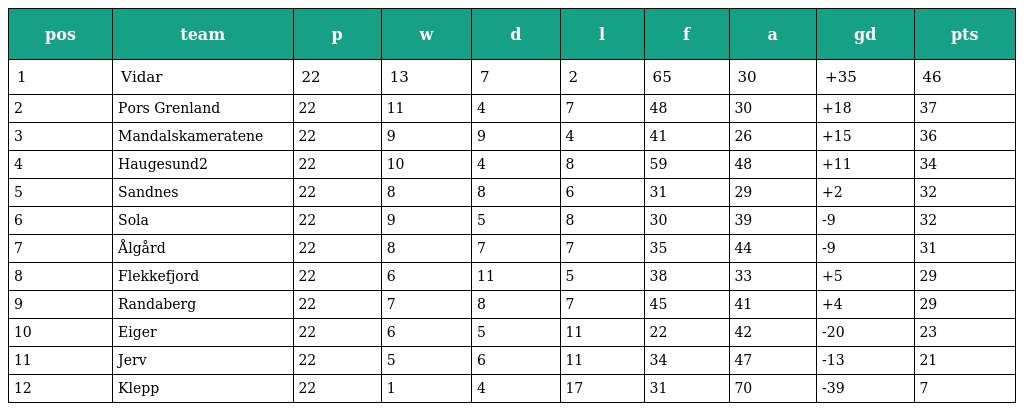
| pos | team | p | w | d | l | f | a | gd | pts |
 | --- | --- | --- | --- | --- | --- | --- | --- | --- | --- |
 | 1 | Vidar | 22 | 13 | 7 | 2 | 65 | 30 | +35 | 46 |
 | 2 | Pors Grenland | 22 | 11 | 4 | 7 | 48 | 30 | +18 | 37 |
 | 3 | Mandalskameratene | 22 | 9 | 9 | 4 | 41 | 26 | +15 | 36 |
 | 4 | Haugesund2 | 22 | 10 | 4 | 8 | 59 | 48 | +11 | 34 |
 | 5 | Sandnes | 22 | 8 | 8 | 6 | 31 | 29 | +2 | 32 |
 | 6 | Sola | 22 | 9 | 5 | 8 | 30 | 39 | -9 | 32 |
 | 7 | Ålgård | 22 | 8 | 7 | 7 | 35 | 44 | -9 | 31 |
 | 8 | Flekkefjord | 22 | 6 | 11 | 5 | 38 | 33 | +5 | 29 |
 | 9 | Randaberg | 22 | 7 | 8 | 7 | 45 | 41 | +4 | 29 |
 | 10 | Eiger | 22 | 6 | 5 | 11 | 22 | 42 | -20 | 23 |
 | 11 | Jerv | 22 | 5 | 6 | 11 | 34 | 47 | -13 | 21 |
 | 12 | Klepp | 22 | 1 | 4 | 17 | 31 | 70 | -39 | 7 |